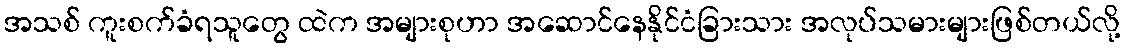
အသစ် ကူးစက်ခံရသူတွေ ထဲက အများစုဟာ အဆောင်နေနိုင်ငံခြားသား အလုပ်သမားများဖြစ်တယ်လို့